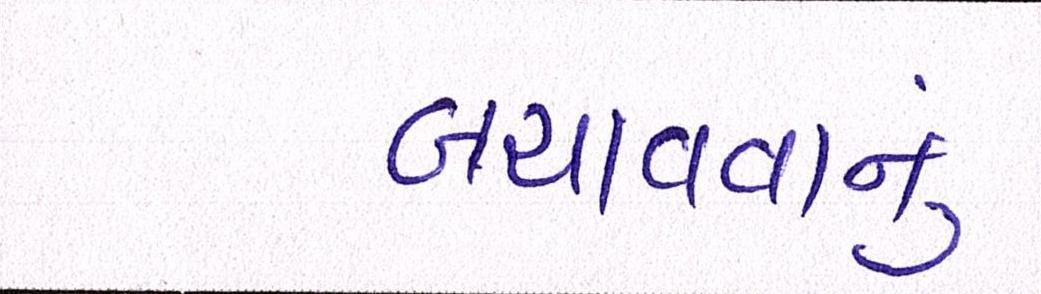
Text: બચાવવાનું